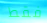
فقط